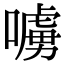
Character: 𠿛